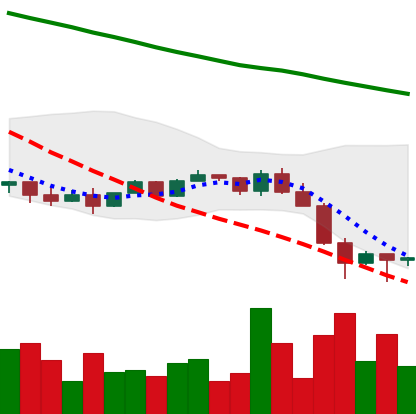
Ticker: NEO-USD
Chart end date: 2022-01-25
Forward return: 7.365%
Label: up_7plus